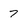
Character: 7